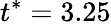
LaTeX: t^{*}=3.25